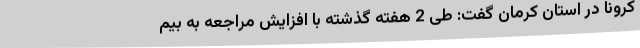
کرونا در استان کرمان گفت: طی 2 هفته گذشته با افزایش مراجعه به بیم